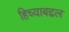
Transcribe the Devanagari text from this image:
हिच्याबद्दल